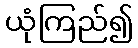
ယုံကြည်၍